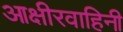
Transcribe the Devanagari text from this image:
आक्षीरवाहिनी